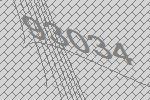
93034